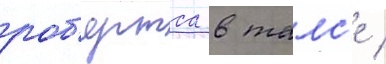
роб'ертса в талс'е /